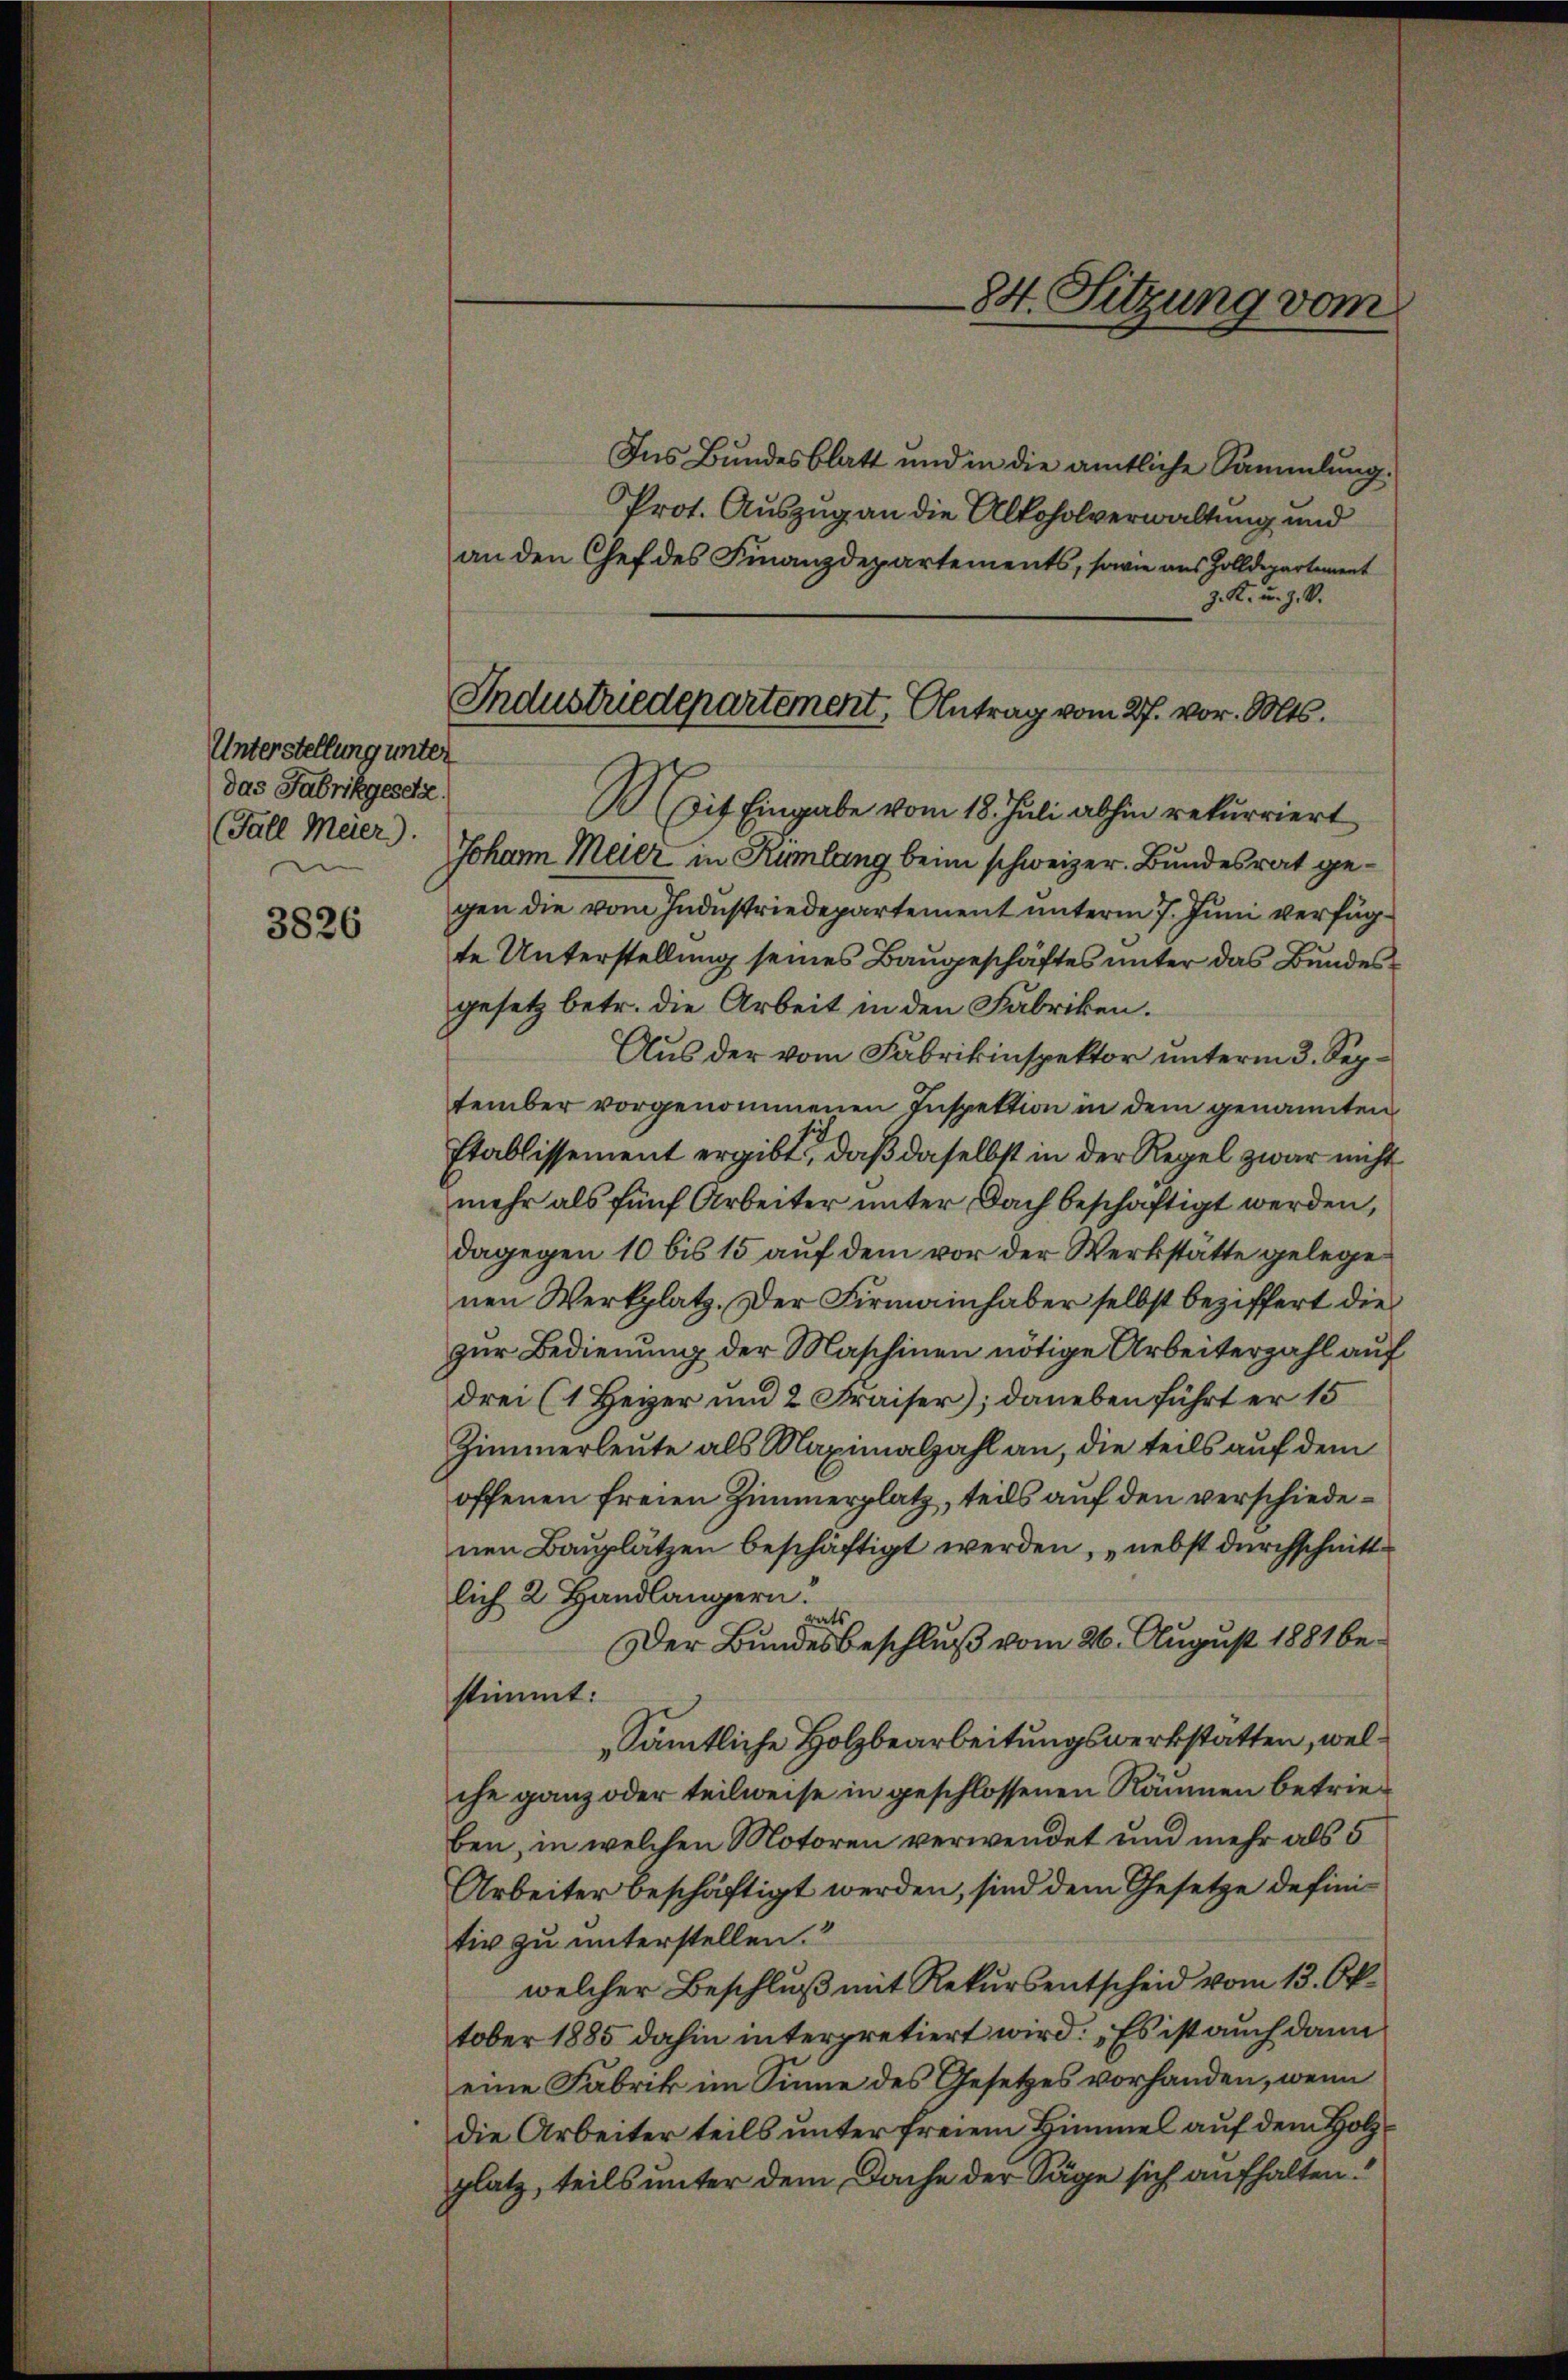
Unterstellung unter
das Fabrikgesetz.
(Fall Meier).

3826

Ins Bundesblatt und in die amtliche Sammlung.
Prot. Auszug an die Alkoholverwaltung und
an den Chef des Finanzdepartements, sowie aus Zolldepartement
J. K. u. Z. V.
Mit Eingabe vom 18. Juli abhin rekurriert
Johann Meier in Rümlang beim schweizer. Bundesrat gegen die vom Industriedepartement unterm 7. Juni verfügte Unterstellung seines Baugeschäftes unter das Bundesgesetz betr. die Arbeit in den Fabriken.
Aus der vom Fabrikinspektor unterm 3. September vorgenommenen Inspektion in dem genannten
Etablissement ergibt, daß daselbst in der Regel zwar nicht
mehr als fünf Arbeiter unter Dach beschäftigt werden,
dagegen 10 bis 15 auf dem vor der Werkstätte gelege
nen Werkplatz. Der Firmainhaber selbst beziffert die
zur Bedienung der Maschinen nötige Arbeiterzahl auf
drei (1 Heizer und 2 Fraiser); daneben führt er 15
Zimmerleute als Maximalzahl an, die teils auf dem
offenen freien Zimmerplatz, teils auf den verschiedenen Bauplätzen beschäftigt werden, nebst durchschnittlich 2 Handlängern.
Der Bundesbeschluß vom 26. August 1881 bestimmt:
„Sämtliche Holzbearbeitungswerkstatten, welche ganz oder teilweise in geschlossenen Räumen betrieben, in welchen Motoren verwendet und mehr als 5
Arbeiter beschäftigt werden, sind dem Gesetze defini-
tiv zu unterstellen.
welcher Beschluß mit Rekursentscheid vom 13. Oktober 1885 dahin interpretiert wird: „Es ist auch dann
eine Fabrik im Sinne des Gesetzes vorhanden, wenn
die Arbeiter teils unter freiem Himmel auf dem Holzplatz, teils unter dem Dache der Säge sich aufhalten.

84. Sitzung vom

Industriedepartement, Antrag vom 27. vor. Mts.